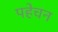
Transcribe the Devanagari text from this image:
पहेचन